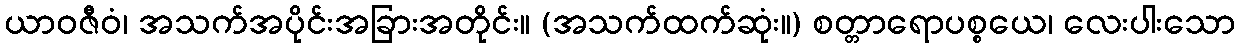
ယာဝဇီဝံ၊ အသက်အပိုင်းအခြားအတိုင်း။ (အသက်ထက်ဆုံး။) စတ္တာရောပစ္စယေ၊ လေးပါးသော